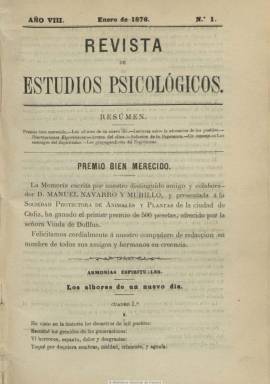
Título: Revista de estudios psicológicos
Colección: Espiritismo
Ámbito geográfico: Barcelona
Lugar de publicación: Barcelona
Fechas: 01/01/1876-31/12/1878

Es continuación de Revista espiritista, fundada y dirigida, en Barcelona, en mayo de 1869, por José María Fernández Colavida (1819-1888), que a partir de enero de 1876 adopta este título, manteniendo su estructura formal y la secuencia anual de la precedente. En entregas mensuales de 24 páginas, que después amplia a treinta y dos, publica artículos doctrinales y noticias de actualidad del movimiento espiritista, así como disertaciones, comunicaciones ‘mediúmnicas’, composiciones en verso o textos sobre asuntos sociales de la época, como la educación o el progreso social. En el último número de cada año inserta, al final, un índice de materias. La colección de la Biblioteca Nacional contiene los tomos de 1876 a 1878.

Tras el fallecimiento de Fernández Colavida, la dirige el vizconde Antonio Torres-Solanot y Casas. Desde mayo de 1889 es órgano de difusión de la recién creada Federación Espiritista Catalana, siendo su director Manuel Navarro Murillo, y secretario de redacción, José Antonio Almasqué. Tras publicar su entrega de octubre de 1897, queda suspendida, y reaparece en julio de 1899. Y en enero de 1902, tras treinta y tres años de existencia, es absorbida por la revista Luz y unión (Barcelona)  Habían sido también sus directores Alverico Perón (seudónimo de Enrique Pastor y Bedoya) y José C. Fernández, sobrino de su fundador.